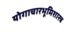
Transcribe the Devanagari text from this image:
योगाचारभूमिशास्त्र